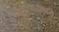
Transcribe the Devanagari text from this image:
ऑरेगनमध्ये